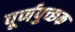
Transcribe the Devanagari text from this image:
पूर्णपुच्छक